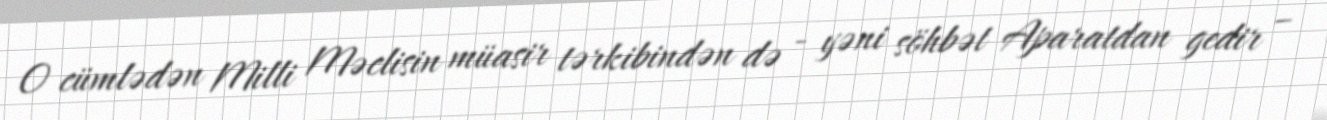
O cümlədən Milli Məclisin müasir tərkibindən də - yəni söhbət Aparatdan gedir –